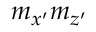
m _ { x ^ { \prime } } m _ { z ^ { \prime } }